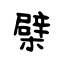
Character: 檗